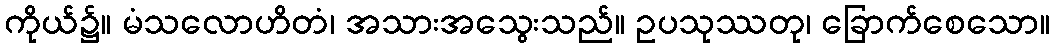
ကိုယ်၌။ မံသလောဟိတံ၊ အသားအသွေးသည်။ ဥပသုဿတု၊ ခြောက်စေသော။